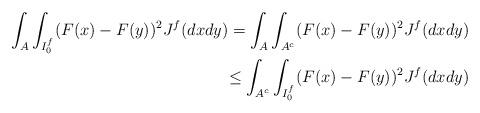
LaTeX: \begin{align*}\int_A\int_{I_0^f} (F(x)-F(y))^2J^f(dxdy)=\int_A\int_{A^c}(F(x)-F(y))^2 J^f(dxdy)\\\leq \int_{A^c}\int_{I_0^f} (F(x)-F(y))^2 J^f(dxdy)\end{align*}